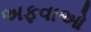
અફવાઓ